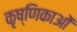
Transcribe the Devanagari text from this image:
कृष्णिकाओं